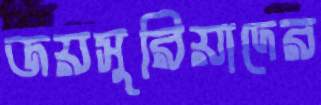
জয়সুরিয়াদের